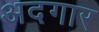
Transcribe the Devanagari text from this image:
अदगार